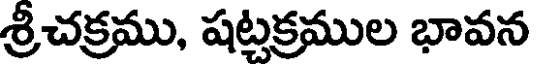
శ్రీచక్రము, షట్టక్రముల భావన